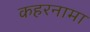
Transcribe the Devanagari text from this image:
कहरनामा